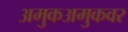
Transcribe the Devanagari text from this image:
अमुकअमुकवर